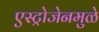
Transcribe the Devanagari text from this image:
एस्ट्रोजेनमुळे